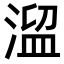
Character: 𣹃